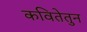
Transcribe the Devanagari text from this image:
कवितेतुन